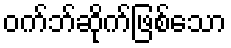
ဝက်ဘ်ဆိုက်ဖြစ်သော